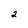
Character: 2